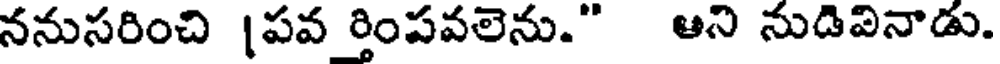
ననుసరించి |పవ ర్తింపవలెను." ఆని నుడివినాడు.